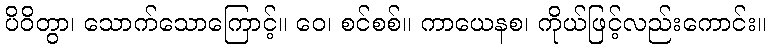
ပိဝိတွာ၊ သောက်သောကြောင့်။ ဝေ၊ စင်စစ်။ ကာယေနစ၊ ကိုယ်ဖြင့်လည်းကောင်း။